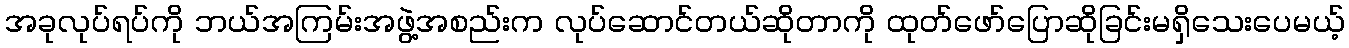
အခုလုပ်ရပ်ကို ဘယ်အကြမ်းအဖွဲ့အစည်းက လုပ်ဆောင်တယ်ဆိုတာကို ထုတ်ဖော်ပြောဆိုခြင်းမရှိသေးပေမယ့်